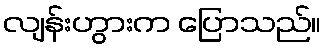
လျန်းဟွားက ပြောသည်။